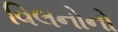
વિલનોનો